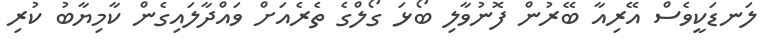
ލަނޑަކީވެސް އޭރިއާ ބޭރުން ފޮނުވާލި ބޯޅަ ގޯލްގެ ތެރެއަށް ވައްދާލައިގެން ކާމިޔާބު ކުރި